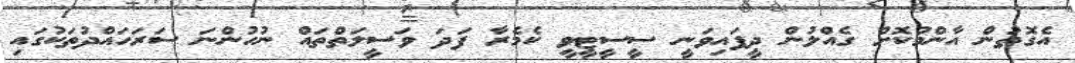
އެގޮތުން އާންމުކޮށް ގެއްލުން ދީފައިވަނީ ސީސީޓީވީ ކެމެރާ ފަދަ ވަސީލަތްތައް ނުހުންނަ ސަރަހައްދުތަކުގައި